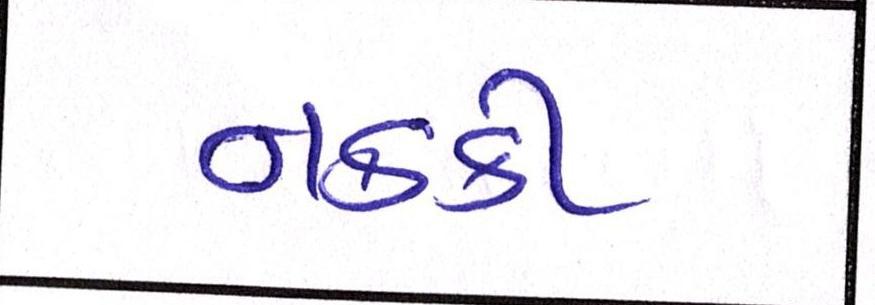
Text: નકકી